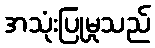
အသုံးပြုမှုသည်